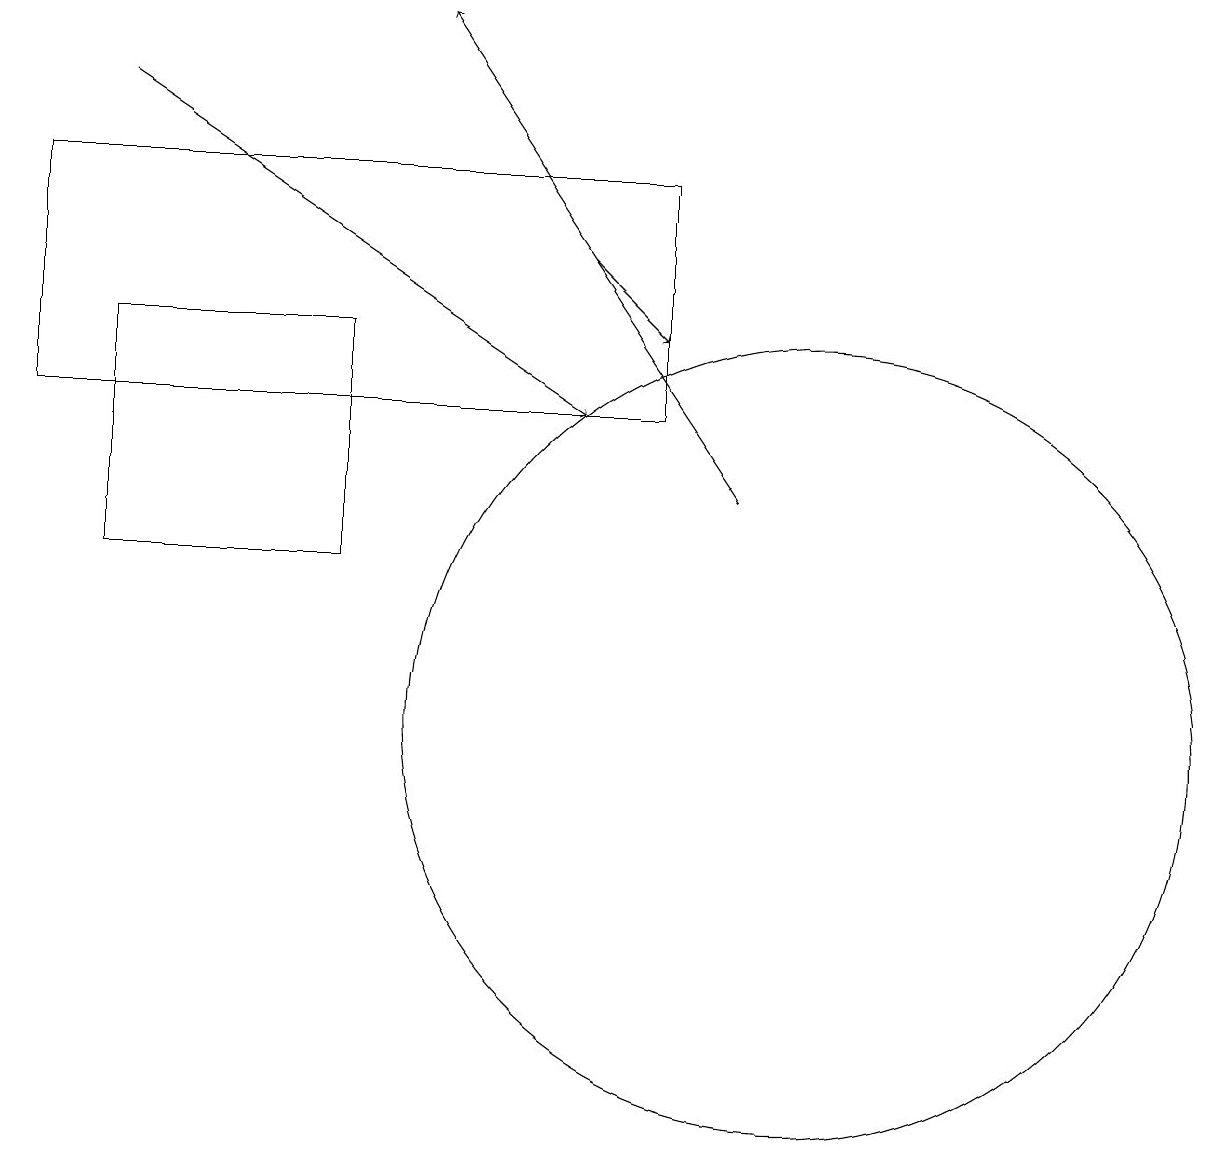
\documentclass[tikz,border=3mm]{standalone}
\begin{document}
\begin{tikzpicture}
\draw (10,10) circle (5);
\draw[->] (9,13) -- (5,19);
\draw (1,15) rectangle (4,12);
\draw[->] (1,18) -- (7,14);
\draw (8,17) rectangle (0,14);
\draw[->] (7,16) -- (8,15);
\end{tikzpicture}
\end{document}